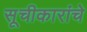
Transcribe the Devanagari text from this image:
सूचीकारांचे